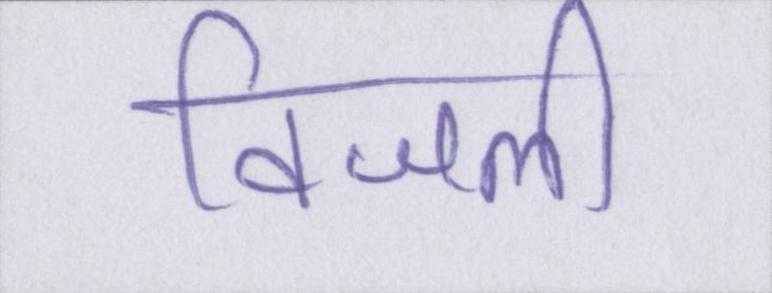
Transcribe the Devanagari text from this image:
विजली